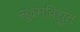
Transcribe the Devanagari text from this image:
सूक्ष्मविद्युत